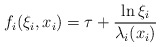
\begin{align*}f_i(\xi_i, x_i) = \tau + \frac{\ln \xi_i}{\lambda_i (x_{i})}\end{align*}